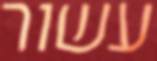
עשור